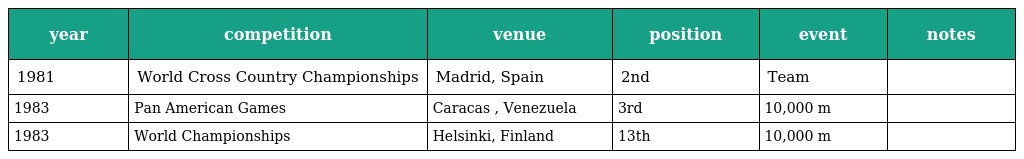
| year | competition | venue | position | event | notes |
 | --- | --- | --- | --- | --- | --- |
 | 1981 | World Cross Country Championships | Madrid, Spain | 2nd | Team |  |
 | 1983 | Pan American Games | Caracas , Venezuela | 3rd | 10,000 m |  |
 | 1983 | World Championships | Helsinki, Finland | 13th | 10,000 m |  |